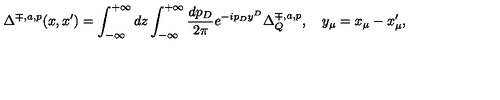
\Delta ^ { \mp , a , p } ( x , x ^ { \prime } ) = \int _ { - \infty } ^ { + \infty } d z \int _ { - \infty } ^ { + \infty } \frac { d p _ { D } } { 2 \pi } e ^ { - i p _ { D } y ^ { D } } \Delta _ { Q } ^ { \mp , a , p } , \quad y _ { \mu } = x _ { \mu } - x _ { \mu } ^ { \prime } ,